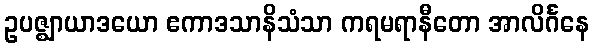
ဥပဇ္ဈာယာဒယော ဧကာဒသာနိသံသာ ကရမရာနီတော အာလိင်္ဂနေ